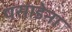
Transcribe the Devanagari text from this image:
पसाडेना